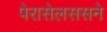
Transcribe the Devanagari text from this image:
पेरासेलससने